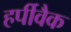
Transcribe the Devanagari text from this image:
हर्पीवैक